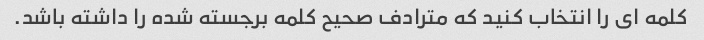
کلمه ای را انتخاب کنید که مترادف صحیح کلمه برجسته شده را داشته باشد.